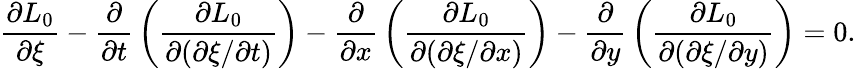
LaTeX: {\frac{\partial{L_{0}}}{\partial\xi}}-{\frac{\partial}{\partial{t}}}\left({\frac{\partial{L_{0}}}{\partial(\partial\xi/\partial{t})}}\right)-{\frac{\partial}{\partial{x}}}\left({\frac{\partial{L_{0}}}{\partial(\partial\xi/\partial{x})}}\right)-{\frac{\partial}{\partial{y}}}\left({\frac{\partial{L_{0}}}{\partial(\partial\xi/\partial{y})}}\right)=0.